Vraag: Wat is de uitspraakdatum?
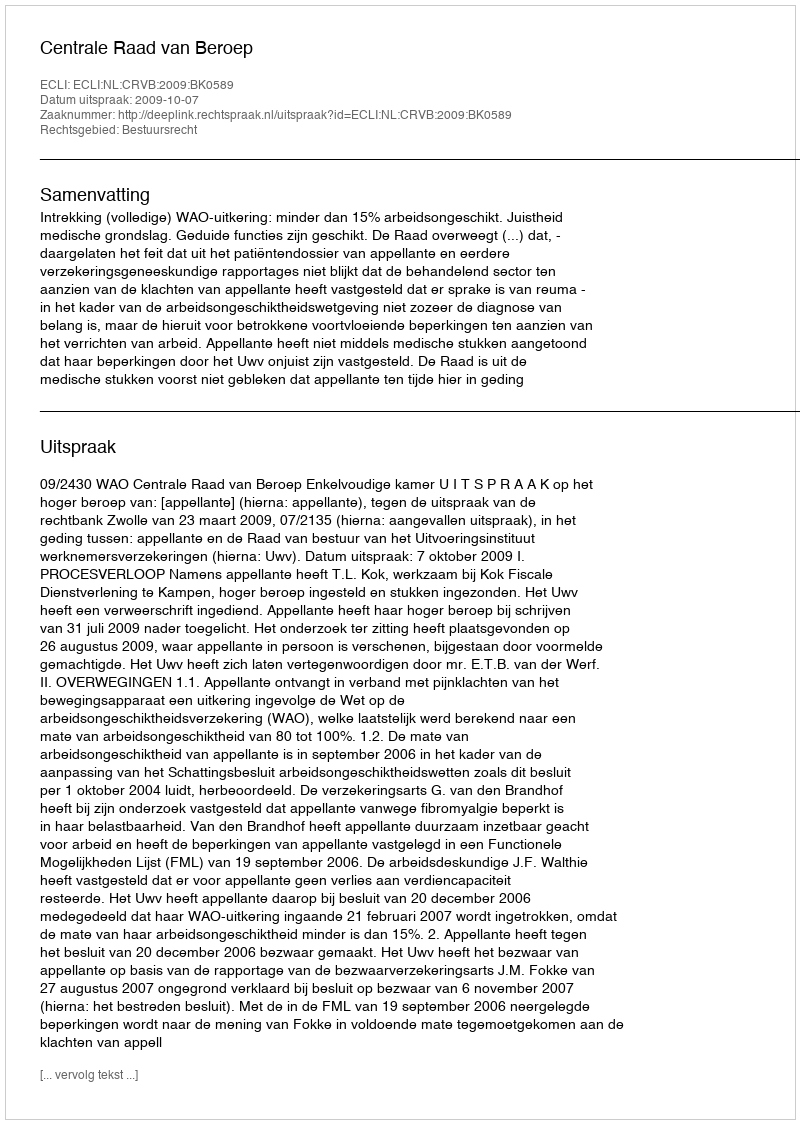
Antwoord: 2009-10-07